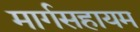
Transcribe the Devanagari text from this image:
मार्गसहायम